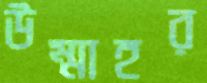
উম্মাহর